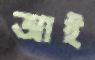
আই